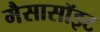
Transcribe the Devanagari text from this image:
मैसासॉइट